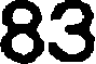
83